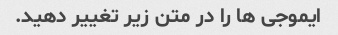
ایموجی ها را در متن زیر تغییر دهید.